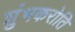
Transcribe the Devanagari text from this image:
शुंभकरोति